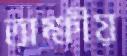
অক্ষীয়